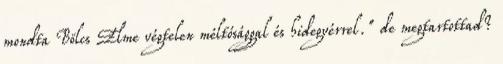
mondta Bölcs Elme végtelen méltósággal és hidegvérrel." de megtartottad?